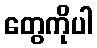
တွေကိုပါ